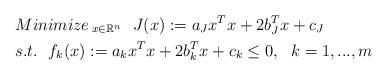
LaTeX: \begin{align*} &{Minimize\,}_{x\in \mathbb{R}^n} \ \ J(x):=a_Jx^Tx+2b_J^Tx+c_J\\ &s.t.\ \ f_k(x):=a_kx^Tx+2b_k^Tx+c_k \le 0,\ \ k=1,...,m \end{align*}